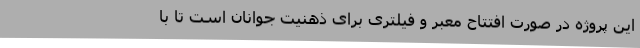
این پروژه در صورت افتتاح معبر و فیلتری برای ذهنیت جوانان است تا با